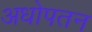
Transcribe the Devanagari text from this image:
अधोपतन